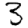
Digit: 3